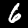
Digit: 6